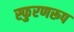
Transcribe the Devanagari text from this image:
स्फुरणरूप